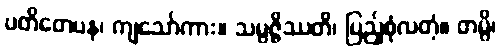
ပတိတေပန၊ ကျသော်ကား။ သမ္ပဇ္ဇိဿတိ၊ ပြည့်စုံလတံ့။ တမ္ပိ၊